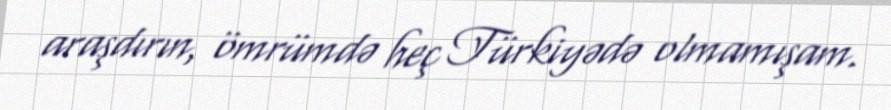
araşdırın, ömrümdə heç Türkiyədə olmamışam.